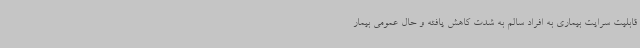
قابلیت سرایت بیماری به افراد سالم به شدت کاهش یافته و حال عمومی بیمار